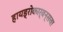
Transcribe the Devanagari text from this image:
हायड्रोकार्बन्सचा